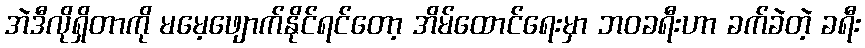
အဲဒီလိုရှိတာကို မမေ့ဖျောက်နိုင်ရင်တော့ အိမ်ထောင်ရေးမှာ ဘဝခရီးဟာ ခက်ခဲတဲ့ ခရီး